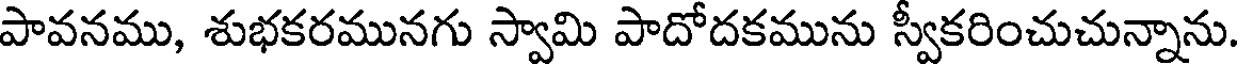
పావనము, శుభకరమునగు స్వామి పాదోదకమును స్వీకరించుచున్నాను.